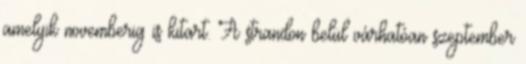
amelyik novemberig is kitart. A strandon belül várhatóan szeptember